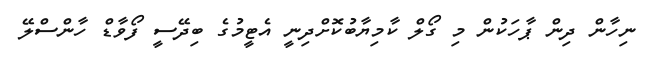
ނިހާން ދިން ޕާހަކުން މި ގޯލް ކާމިޔާބުކޮށްދިނީ އެޓީމުގެ ބިދޭސީ ފޯވާޑް ހާންސްލޭ